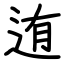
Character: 迶